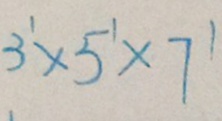
3 ^ { 1 } \times 5 ^ { 1 } \times 7 ^ { 1 }